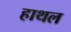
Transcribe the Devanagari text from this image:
हाथल